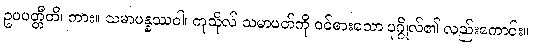
ဥပပတ္တီတိ၊ ကား။ သမာပန္နဿဝါ၊ ကုသိုလ် သမာပတ်ကို ဝင်စားသော ပုဂ္ဂိုလ်၏ လည်းကောင်း။